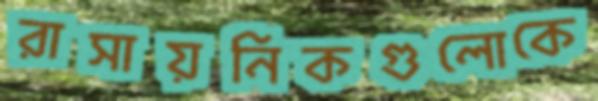
রাসায়নিকগুলোকে